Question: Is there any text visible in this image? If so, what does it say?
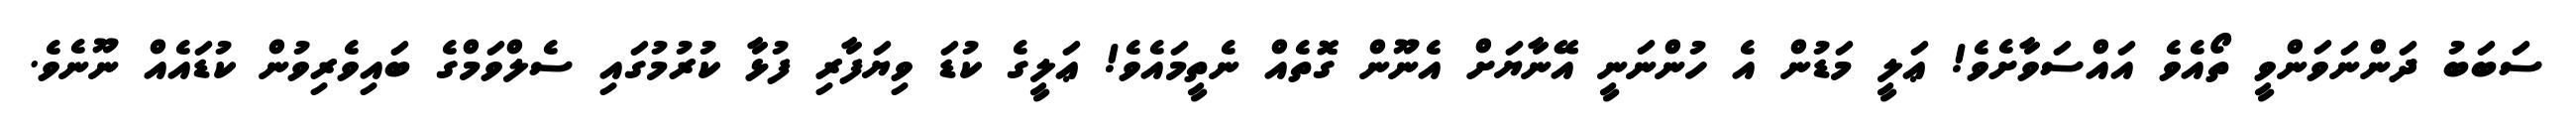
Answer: ސަބަބު ދަންނަވަންވީ ތޯއެވެ އައްސަވާށެވެ! ޢަލީ މަޑުން އެ ހުންނަނީ އޭނާޔަށް އެނޫން ގޮތެއް ނެތީމައެވެ! ޢަލީގެ ކުޑަ ވިޔަފާރި ފުޅާ ކުރުމުގައި ސެލްވަމްގެ ބައިވެރިވުން ކުޑައެއް ނޫނެވެ.